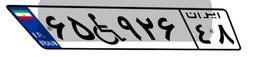
۶۵W۹۲۶۴۸